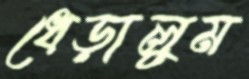
ধেড়ালুম